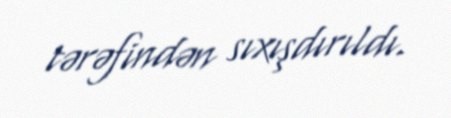
tərəfindən sıxışdırıldı.